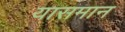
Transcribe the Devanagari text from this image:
यासमान